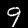
Label: 9